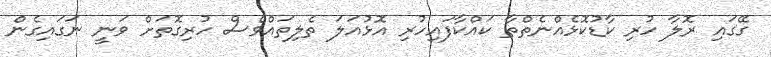
ގޭގައި ރޮލާ ހުރި ކާޑުކޮޅެއްނެތްތާ ކައްކާފައިހުރި އޮޅުއަލަ ތެލިތައްވެސް ހުރިގޮތަށް ވަނީ ނަގައިގެން